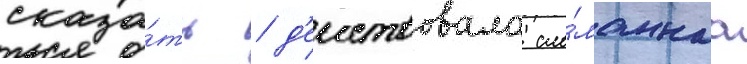
сказа́ть / д'еиствовала сло́маннаа